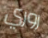
روري